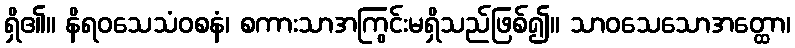
ရှိ၏။ နိရဝသေသံဝစနံ၊ စကားသာအကြွင်းမရှိသည်ဖြစ်၍။ သာဝသေသောအတ္ထော၊